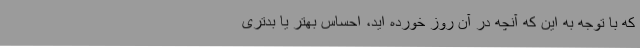
که با توجه به این که آنچه در آن روز خورده اید، احساس بهتر یا بدتری